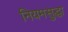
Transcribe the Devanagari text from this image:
नियमसुद्धा